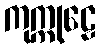
ကုက္ကုဠေ